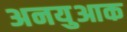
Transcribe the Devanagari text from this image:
अनयुआक